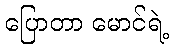
ပြောတာ မောင်ရဲ့